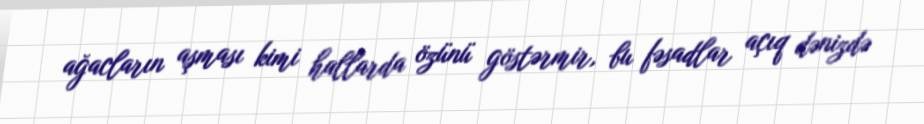
ağacların aşması kimi hallarda özünü göstərmir, bu fəsadlar açıq dənizdə